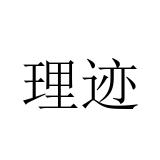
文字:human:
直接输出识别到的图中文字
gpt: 理迹